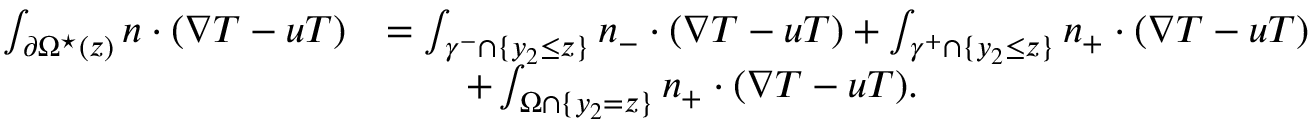
\begin{array} { r l } { \int _ { \partial \Omega ^ { \star } ( z ) } n \cdot ( \nabla T - u T ) } & { = \int _ { \gamma ^ { - } \cap \{ y _ { 2 } \leq z \} } n _ { - } \cdot ( \nabla T - u T ) + \int _ { \gamma ^ { + } \cap \{ y _ { 2 } \leq z \} } n _ { + } \cdot ( \nabla T - u T ) } \\ & { \qquad + \int _ { \Omega \cap \{ y _ { 2 } = z \} } n _ { + } \cdot ( \nabla T - u T ) . } \end{array}